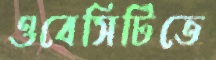
ওবেসিটিতে